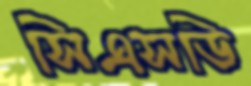
সিএসডি